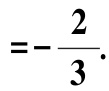
$=-\frac{2}{3}.$